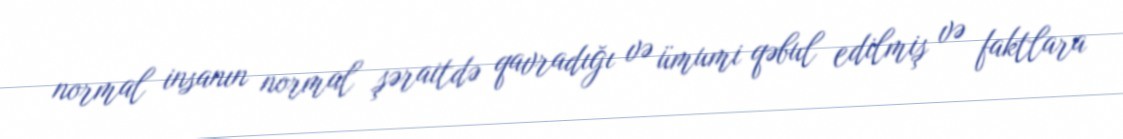
normal insanın normal şəraitdə qavradığı və ümumi qəbul edilmiş və faktlara